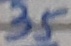
Text: 35